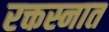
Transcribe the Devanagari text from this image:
रक्तस्नात